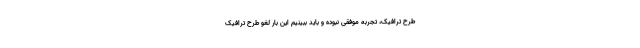
طرح ترافیک، تجربه موفقی نبوده و باید ببینیم این بار لغو طرح ترافیک